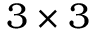
3 \times 3